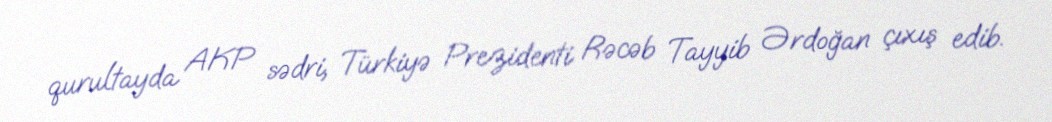
qurultayda AKP sədri, Türkiyə Prezidenti Rəcəb Tayyib Ərdoğan çıxış edib.